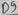
Text: D9